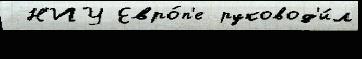
 Н'ИУ Евро́п'е руковод'и́л